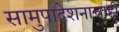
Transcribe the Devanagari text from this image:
सामुपादेशनाचाही